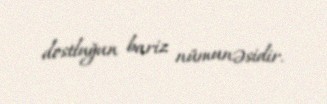
dostluğun bariz nümunəsidir.